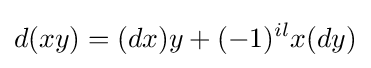
d(xy)=(dx)y+(-1)^{il}x(dy)